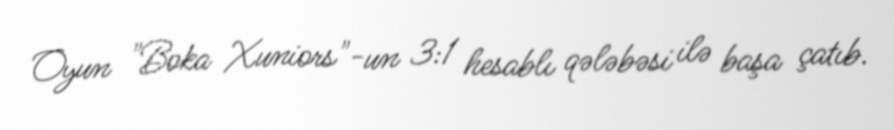
Oyun "Boka Xuniors"-un 3:1 hesablı qələbəsi ilə başa çatıb.